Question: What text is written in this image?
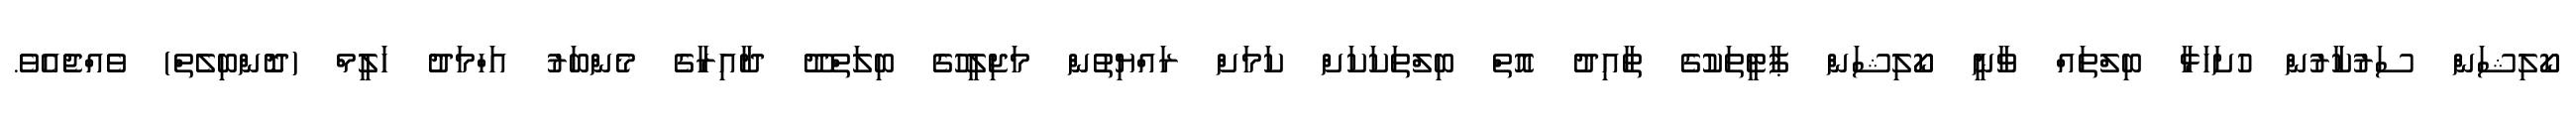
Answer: ކޯލިޝަން ސަރުކާރުން ހުށަހަޅާ ބިލްތައް ވާނީ ކޯލިޝަން ޕާޓީތަކުގެ ތާއިދު އޮތް ބިލްތަކަކަށް ކަމަށް ރައްޔިތުން މަޖިލީހުގެ ބިލަތްދޫ ދާއިރާގެ މެންބަރު އަހްމަދު ހަލީމް (ދޮންބިލެތް) ވެއްޖެއެވެ.